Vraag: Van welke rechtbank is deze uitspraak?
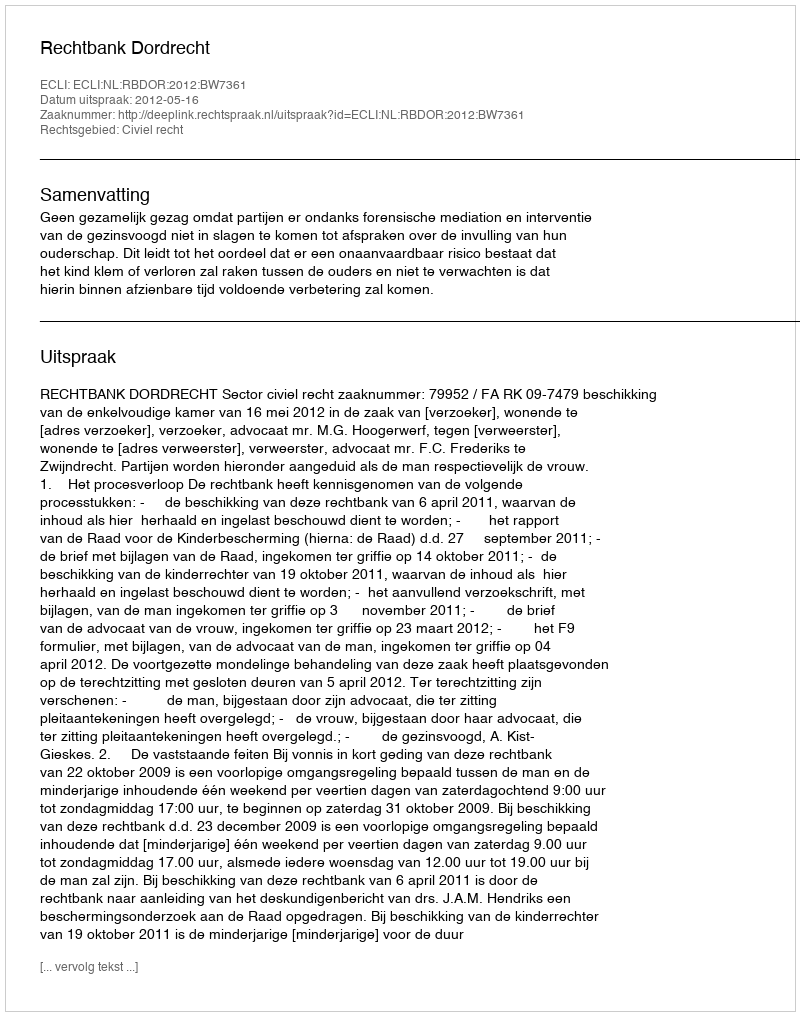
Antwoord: Rechtbank Dordrecht